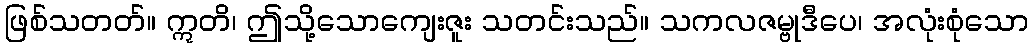
ဖြစ်သတတ်။ ဣတိ၊ ဤသို့သောကျေးဇူး သတင်းသည်။ သကလဇမ္ဗုဒီပေ၊ အလုံးစုံသော